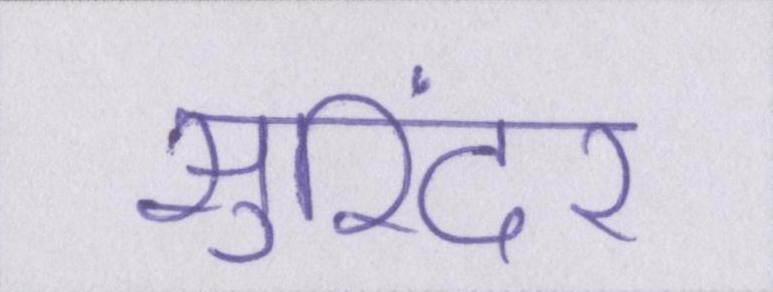
सुरिंदर